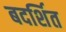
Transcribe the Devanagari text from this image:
बदर्शित